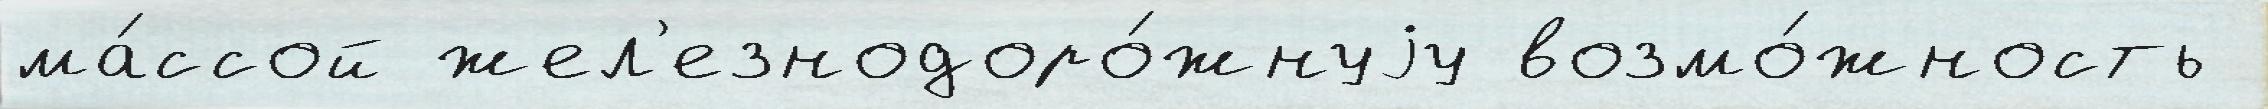
ма́ссой жел'езнодоро́жнуjу возмо́жность